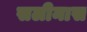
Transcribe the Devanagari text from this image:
सलीनास